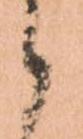
候